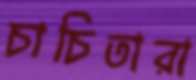
চাচিতারা